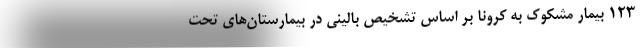
۱۲۳ بیمار مشکوک به کرونا بر اساس تشخیص بالینی در بیمارستان‌های تحت